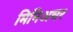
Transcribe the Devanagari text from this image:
मिनिअचर